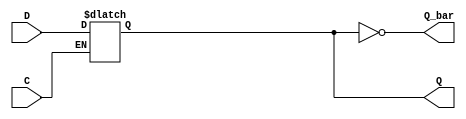
module async_register (
    input wire D,        // Data input
    input wire C,        // Control signal (active high)
    output reg Q,        // Data output
    output wire Q_bar    // Complement output
);

    // Invert the output for the complement
    assign Q_bar = ~Q;

    // Always block to capture data asynchronously
    always @(*) begin
        if (C) begin
            Q <= D;      // Capture data when control signal is asserted
        end
        // If C is not asserted, Q retains its last value
    end

endmodule